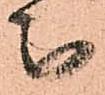
被